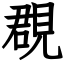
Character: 覠